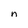
Character: n